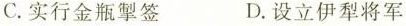
C.实行金瓶掣签 D.设立伊犁将军